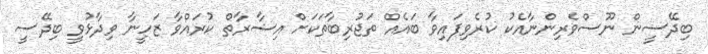
ބިދޭސީން ނޫސްވެރިންނާއެކު ކުރެވިފައިވާ ބައެއް ތަޖުރިބާތަކަށް އިޝާރާތް ކުރައްވާ ޒަހީނާ ވިދާޅުވީ ބިދޭސީ